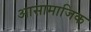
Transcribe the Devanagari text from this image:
आसामाजिक